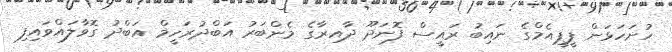
ހުށަހަޅަން ޕީޕީއެމްގެ ނައިބު ރައީސް ފޮނަދޫ ދާއިރާގެ މެންބަރު އަބްދުރަހީމް އަބްދު ގޮވާލައްވައިފި